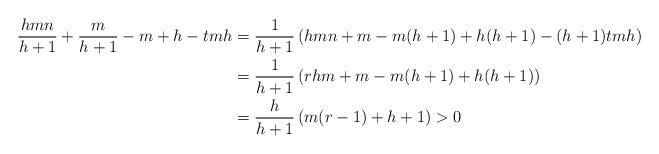
LaTeX: \begin{align*}\frac{hmn}{h+1}+\frac{m}{h+1}-m+h - tmh &= \frac{1}{h+1}\left(hmn+m-m(h+1)+h(h+1)-(h+1)tmh \right) \\&= \frac{1}{h+1}\left(rhm+m-m(h+1)+h(h+1) \right) \\&=\frac{h}{h+1}\left(m(r-1)+h+1\right) >0\end{align*}